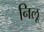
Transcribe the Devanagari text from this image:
निलू